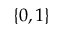
\{ 0 , 1 \}